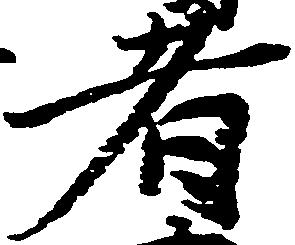
者